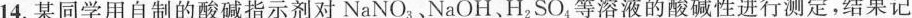
14.某同学用自制的酸碱指示剂对NaNO_{3}、NaOH、H_{2}SO_{4}等溶液的酸碱性进行测定，结果记